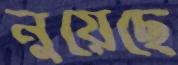
নুয়েছে